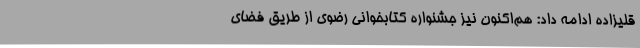
قلیزاده ادامه داد: هم‌اکنون نیز جشنواره کتابخوانی رضوی از طریق فضای